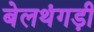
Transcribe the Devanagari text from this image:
बेलथंगड़ी